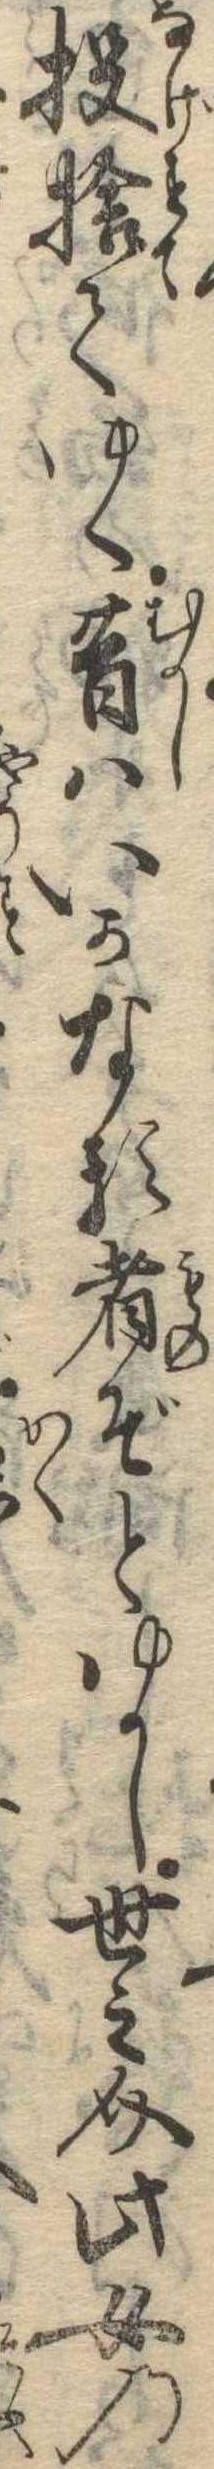
投捨てゆく昔はいかなる者ぞとゆかし世之介此女の